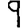
Digit: 9